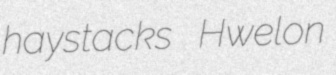
haystacks Hwelon